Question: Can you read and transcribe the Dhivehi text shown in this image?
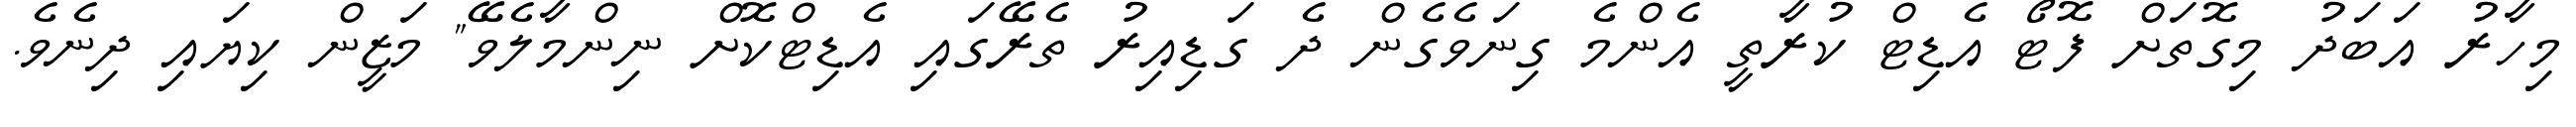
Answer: މިހާރު އަބަދު މިގޮތަށް ފޮޓޯ އެޑިޓް ކުރާތީ އެންމެ ގިނަވެގެން ދެ ގަޑިއިރު ތެރޭގައި އެޑިޓްކޮށް ނިންމާލެވޭ" މަޒީން ކިޔައި ދިނެވެ.